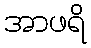
အာဖရိ